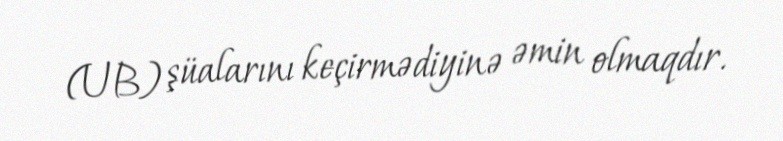
(UB) şüalarını keçirmədiyinə əmin olmaqdır.